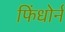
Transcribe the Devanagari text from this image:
फिंधोर्न